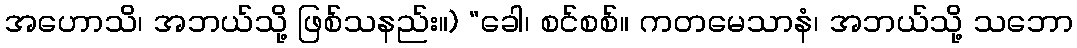
အဟောသိ၊ အဘယ်သို့ ဖြစ်သနည်း။) “ခေါ၊ စင်စစ်။ ကတမေသာနံ၊ အဘယ်သို့ သဘော